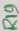
Text: R19